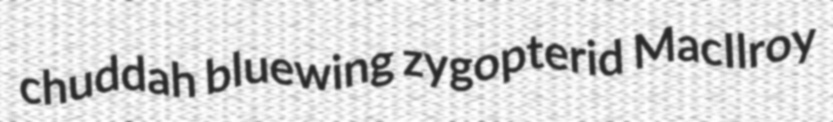
chuddah bluewing zygopterid MacIlroy